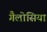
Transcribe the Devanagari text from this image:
गैलोसिया